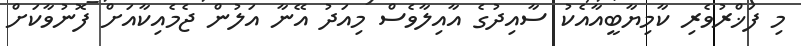
މި ފަޚްރުވެރި ކާމިޔާބީއާއެކު ސާއިދުގެ އާއިލާވެސް މިއަދު އޭނާ އަލުން ޖެމެއިކާއަށް ފޮނުވާކަށް